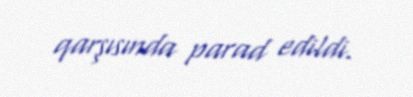
qarşısında parad edildi.